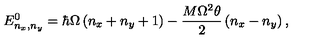
E _ { n _ { x } , n _ { y } } ^ { 0 } = \hbar \Omega \left( n _ { x } + n _ { y } + 1 \right) - \frac { M \Omega ^ { 2 } \theta } { 2 } \left( n _ { x } - n _ { y } \right) ,